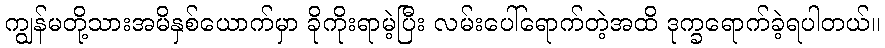
ကျွန်မတို့သားအမိနှစ်ယောက်မှာ ခိုကိုးရာမဲ့ပြီး လမ်းပေါ်ရောက်တဲ့အထိ ဒုက္ခရောက်ခဲ့ရပါတယ်။